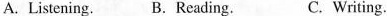
A.Listening. B. Reading. C. Writing.